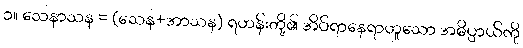
၁။ သေနာသန = (သေန+အာသန) ရဟန်းတို့၏ အိပ်ရာနေရာဟူသော အဓိပ္ပာယ်ကို